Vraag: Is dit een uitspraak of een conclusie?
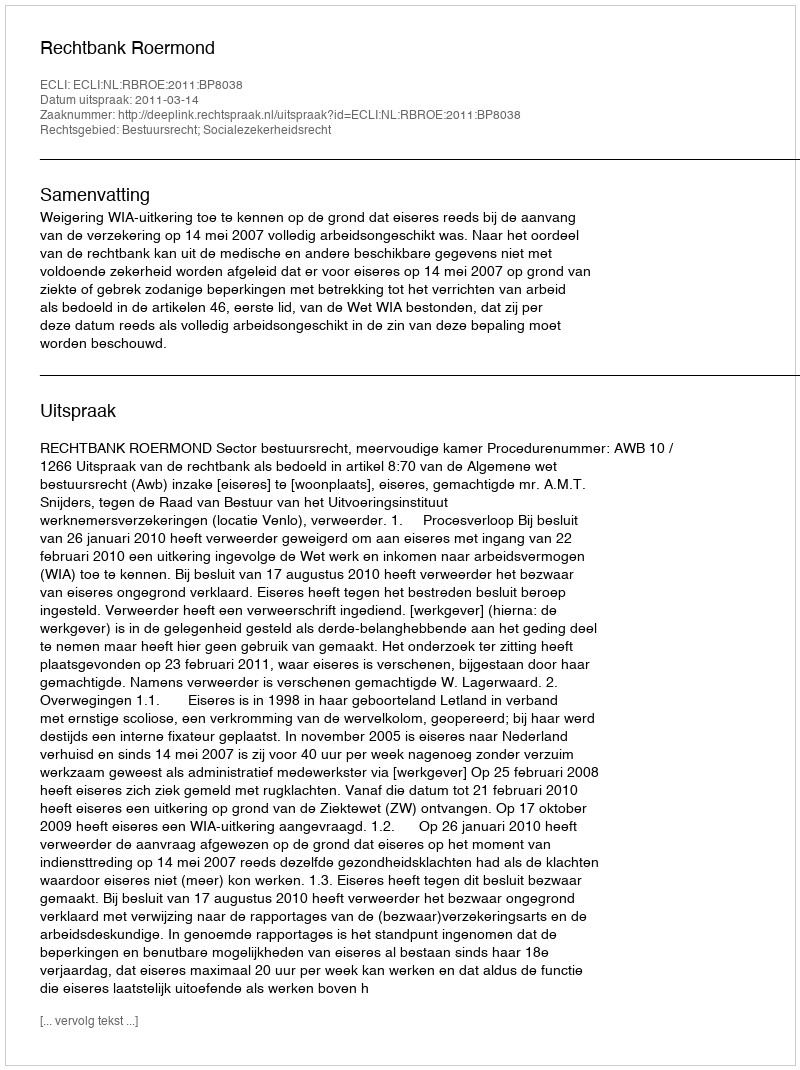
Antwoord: Uitspraak